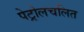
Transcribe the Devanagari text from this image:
पेट्रोलचलित